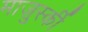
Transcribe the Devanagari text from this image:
माज़ुर्स्की